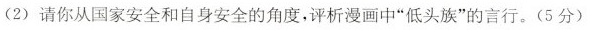
(2)请你从国家安全和自身安全的角度，评析漫画中”低头族”的言行。(5分)